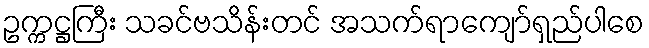
ဥက္ကဋ္ဌကြီး သခင်ဗသိန်းတင် အသက်ရာကျော်ရှည်ပါစေ